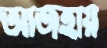
আজহায়